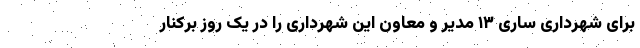
برای شهرداری ساری ۱۳ مدیر و معاون این شهرداری را در یک روز برکنار